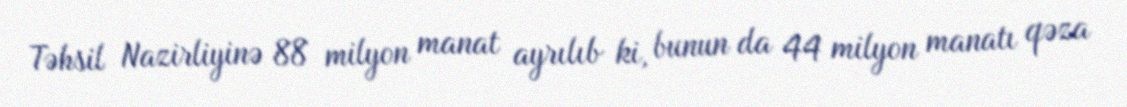
Təhsil Nazirliyinə 88 milyon manat ayrılıb ki, bunun da 44 milyon manatı qəza